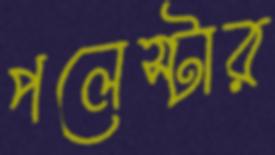
পলেস্টার